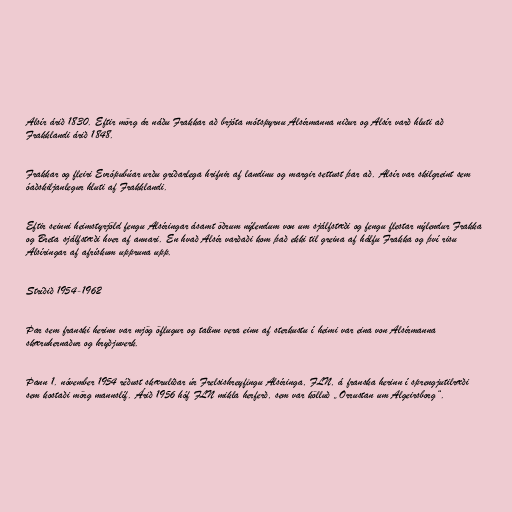
Alsír árið 1830. Eftir mörg ár náðu Frakkar að brjóta mótspyrnu Alsírmanna niður og Alsír varð hluti að
Frakklandi árið 1848.

Frakkar og fleiri Evrópubúar urðu gríðarlega hrifnir af landinu og margir settust þar að. Alsír var skilgreint sem
óaðskiljanlegur hluti af Frakklandi.

Eftir seinni heimstyrjöld fengu Alsíringar ásamt öðrum nýlendum von um sjálfstæði og fengu flestar nýlendur Frakka
og Breta sjálfstæði hver af annari. En hvað Alsír varðaði kom það ekki til greina af hálfu Frakka og því risu
Alsíringar af afrískum uppruna upp.

Stríðið 1954-1962

Þar sem franski herinn var mjög öflugur og talinn vera einn af sterkustu í heimi var eina von Alsírmanna
skæruhernaður og hryðjuverk.

Þann 1. nóvember 1954 réðust skæruliðar úr Frelsishreyfingu Alsíringa, FLN, á franska herinn í sprengjutilræði
sem kostaði mörg mannslíf. Árið 1956 hóf FLN mikla herferð, sem var kölluð „Orrustan um Algeirsborg“.